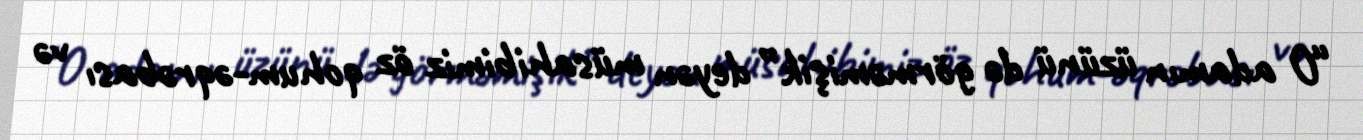
“O adamın üzünü də görməmişik” deyən müsahibimiz öz qohum-əqrəbası və